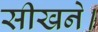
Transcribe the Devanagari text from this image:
सीखने।